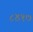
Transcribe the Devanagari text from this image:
८४१७